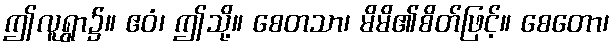
ဤလူရွာ၌။ ဧဝံ၊ ဤသို့။ စေတသာ၊ မိမိ၏စိတ်ဖြင့်။ စေတော၊